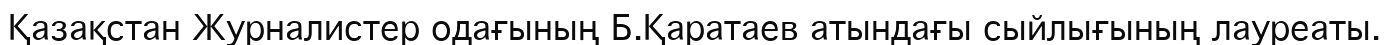
Қазақстан Журналистер одағының Б.Қаратаев атындағы сыйлығының лауреаты.